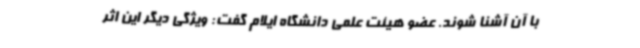
با آن آشنا شوند. عضو هیئت علمی دانشگاه ایلام گفت: ویژگی دیگر این اثر